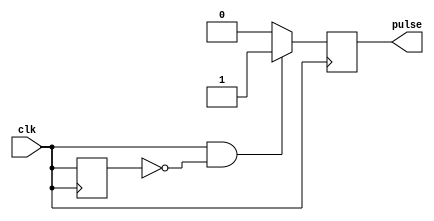
module RisingEdgePulseGenerator(
    input wire clk,
    output reg pulse
);

reg prev_clk;

always @(posedge clk) begin
    if (clk && !prev_clk) begin
        pulse <= 1'b1;
    end else begin
        pulse <= 1'b0;
    end
    prev_clk <= clk;
end

endmodule